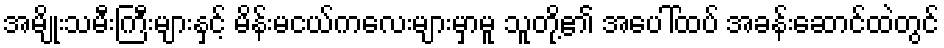
အမျိုးသမီးကြီးများနှင့် မိန်းမငယ်ကလေးများမှာမူ သူတို့၏ အပေါ်ထပ် အခန်းဆောင်ထဲတွင်